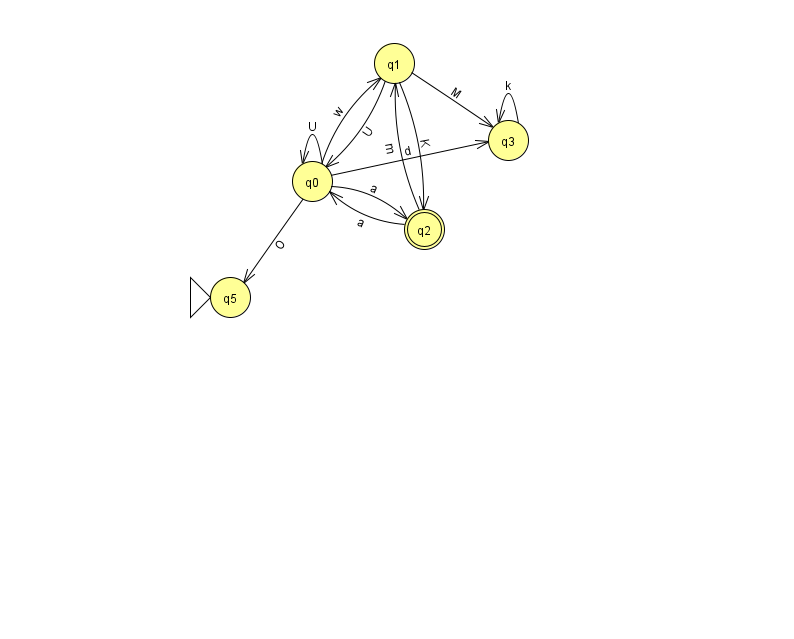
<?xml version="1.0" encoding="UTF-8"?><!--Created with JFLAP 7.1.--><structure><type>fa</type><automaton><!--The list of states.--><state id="0" name="q0"><x>312.0</x><y>168.0</y></state><state id="1" name="q1"><x>394.0</x><y>50.0</y></state><state id="2" name="q2"><x>424.0</x><y>216.0</y><final/></state><state id="3" name="q3"><x>508.0</x><y>127.0</y></state><state id="5" name="q5"><x>230.0</x><y>284.0</y><initial/></state><!--The list of transitions.--><transition><from>0</from><to>2</to><read>a</read></transition><transition><from>2</from><to>0</to><read>a</read></transition><transition><from>2</from><to>1</to><read>m</read></transition><transition><from>1</from><to>2</to><read>K</read></transition><transition><from>0</from><to>0</to><read>U</read></transition><transition><from>0</from><to>1</to><read>w</read></transition><transition><from>1</from><to>3</to><read>M</read></transition><transition><from>1</from><to>0</to><read>U</read></transition><transition><from>3</from><to>3</to><read>k</read></transition><transition><from>0</from><to>3</to><read>d</read></transition><transition><from>0</from><to>5</to><read>O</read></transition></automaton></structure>